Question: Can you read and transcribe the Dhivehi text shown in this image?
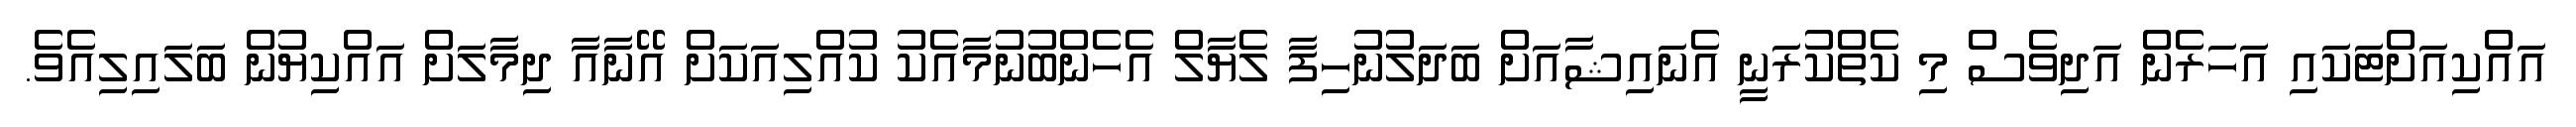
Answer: އައްކިއަށްޓަކައި އަހަރެން އަދިވެސް މި ކެތްކުރަނީ އެނައިޝާއަށް ބަދަލުނުހިފާ ލެޔާލް އެހެންބުނުމާއެކު ކުއްލިއަކަށް އޭނާއާ ދިމާލަށް އައްކިޔުން ބަލައިލިއެވެ.